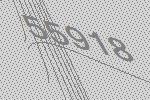
55918